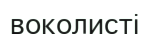
воколисті